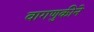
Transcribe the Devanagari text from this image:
वागणुकीने